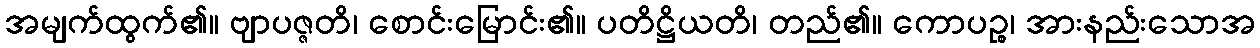
အမျက်ထွက်၏။ ဗျာပဇ္ဇတိ၊ စောင်းမြောင်း၏။ ပတိဋ္ဌိယတိ၊ တည်၏။ ကောပဉ္စ၊ အားနည်းသောအ